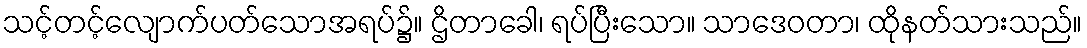
သင့်တင့်လျောက်ပတ်သောအရပ်၌။ ဌိတာခေါ၊ ရပ်ပြီးသော။ သာဒေဝတာ၊ ထိုနတ်သားသည်။